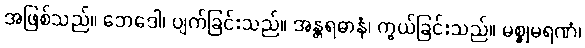
အဖြစ်သည်။ ဘေဒေါ၊ ပျက်ခြင်းသည်။ အန္တရဓာနံ၊ ကွယ်ခြင်းသည်။ မစ္စုမရဏံ၊